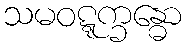
သမဝဋ္ဋက္ခန္ဓော